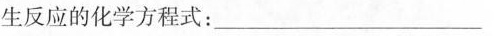
生反应的化学方程式：___